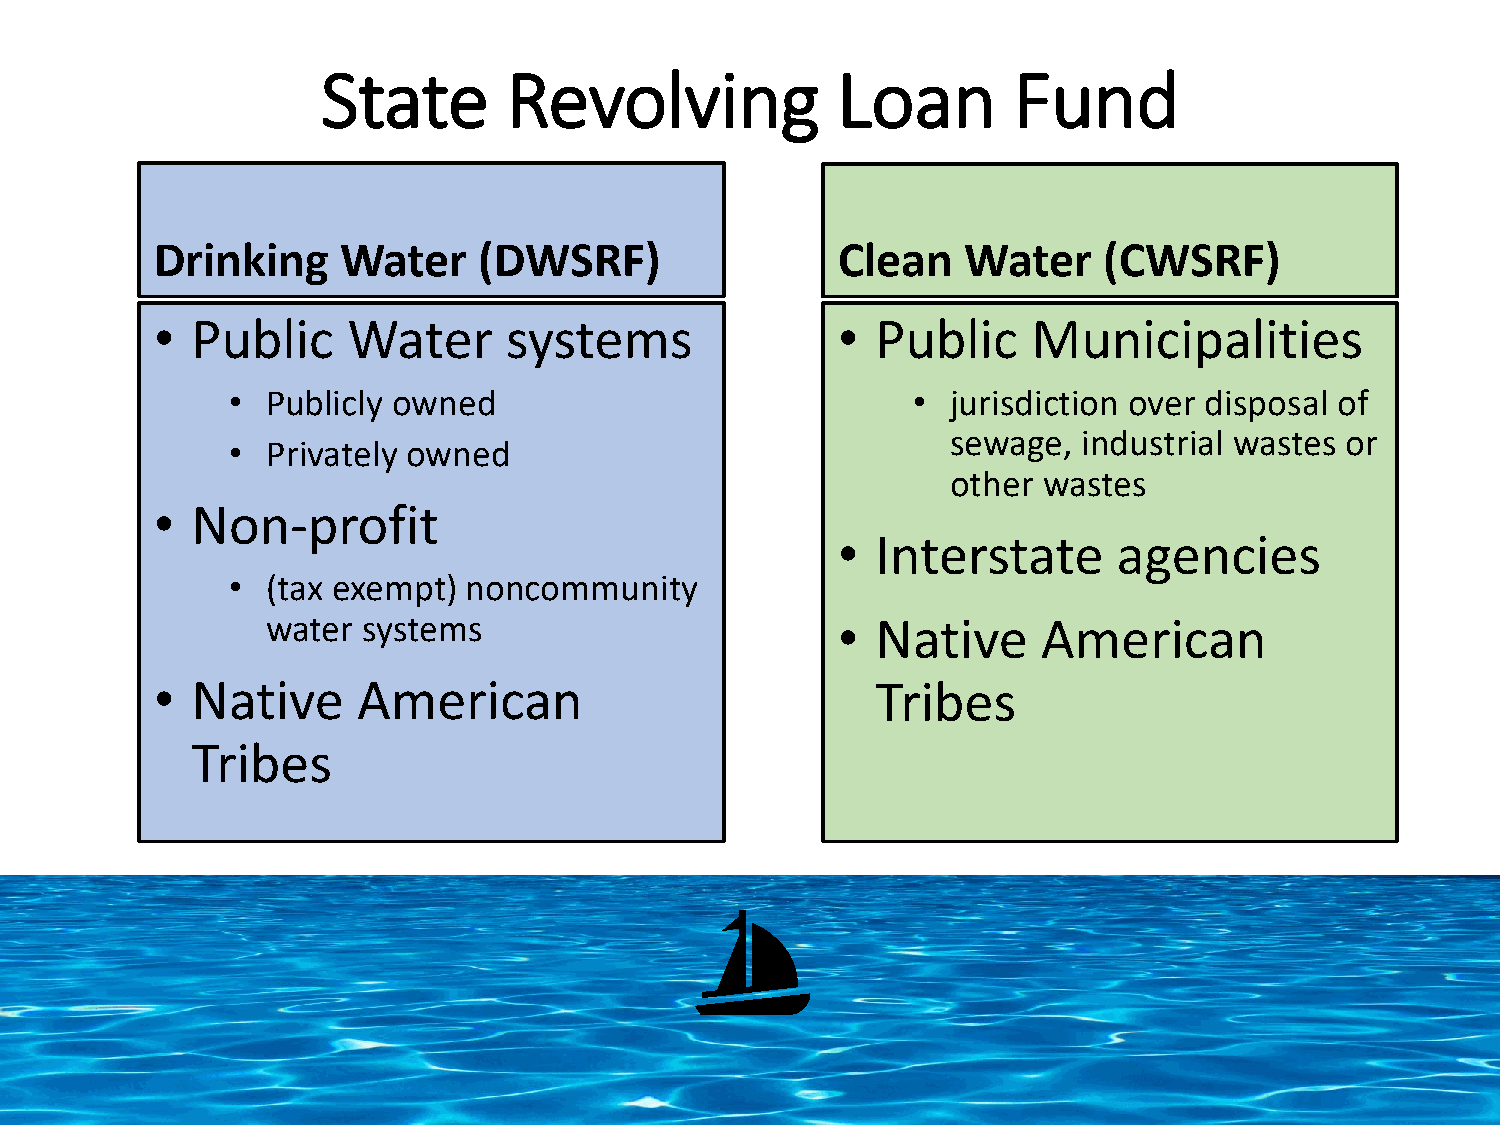
State        Revolving            Loan        Fund
 Drinking     Water    (DWSRF)                Clean    Water    (CWSRF)
 •  Public    Water     systems               •  Public    Municipalities
 •  Publicly owned                            •  jurisdiction over disposal of
 sewage,  industrial wastes or
 •  Privately owned
 other wastes
 •  Non-profit
 •  Interstate      agencies
 •  (tax exempt) noncommunity
 water systems                        •  Native     American
 •  Native     American                          Tribes
 Tribes